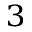
_ 3